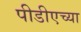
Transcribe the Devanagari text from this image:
पीडीएच्या